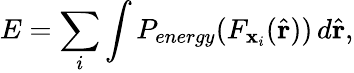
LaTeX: E=\sum_{i}\int P_{energy}(F_{\mathbf{x}_{i}}(\hat{\mathbf{r}}))\, d\hat{\mathbf{r}},